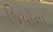
જિયોના